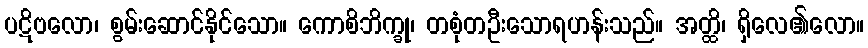
ပဋိဗလော၊ စွမ်းဆောင်နိုင်သော။ ကောစိဘိက္ခု၊ တစုံတဦးသောရဟန်းသည်။ အတ္ထိ၊ ရှိလေ၏လော။